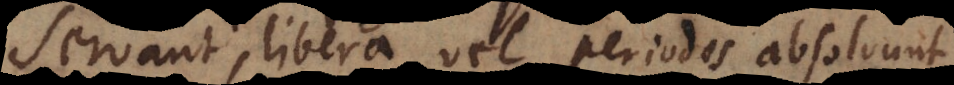
servant, libera vel periodos absolvunt